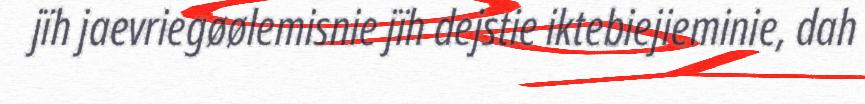
jïh jaevriegøølemisnie jïh dejstie iktebiejieminie, dah